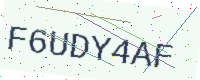
Text: F6UDY4AF